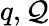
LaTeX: q,\mathcal{Q}